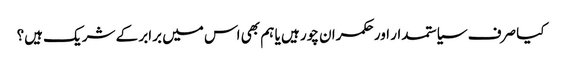
کیا صرف سیاستمدار اور حکمران چور ہیں یا ہم بھی اس میں برابر کے شریک ہیں؟